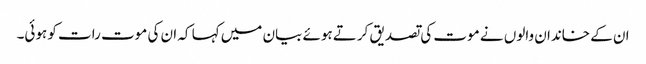
ان کے خاندان والوں نے موت کی تصدیق کرتے ہوئے بیان میں کہا کہ ان کی موت رات کو ہوئی۔